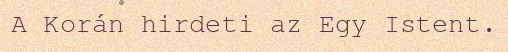
A Korán hirdeti az Egy Istent.